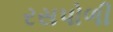
રસપોળી